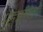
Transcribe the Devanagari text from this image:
पहुञ्चाते